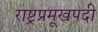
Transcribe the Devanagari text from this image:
राष्ट्रप्रमूखपदी